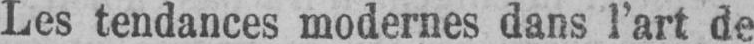
Les tendances modernes dans l’art de